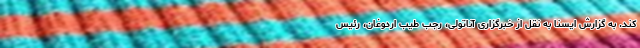
کند. به گزارش ایسنا به نقل از خبرگزاری آناتولی، رجب طیب اردوغان، رئیس